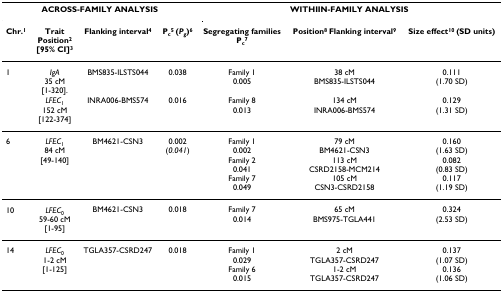
<table><thead><tr><td colspan="4"><b>ACROSS-FAMILY ANALYSIS</b></td><td colspan="3"><b>WITHIIN-FAMILY ANALYSIS</b></td></tr><tr><td><b>Chr.<sup>1</sup></b></td><td><b>Trait Position<sup>2</sup>[95% CI]<sup>3</sup></b></td><td><b>Flanking interval<sup>4</sup></b></td><td><b>P<sub>c</sub><sup>5 </sup>(<i>P</i><sub><i>g</i></sub>)<sup>6</sup></b></td><td><b>Segregating familiesP<sub>c</sub><sup>7</sup></b></td><td><b>Position<sup>8 </sup>Flanking interval<sup>9</sup></b></td><td><b>Size effect<sup>10 </sup>(SD units)</b></td></tr></thead><tbody><tr><td>1</td><td><i>IgA </i>35 cM[1-320].</td><td>BMS835-ILSTS044</td><td>0.038</td><td>Family 10.005</td><td>38 cMBMS835-ILSTS044</td><td>0.111(1.70 SD)</td></tr><tr><td></td><td><i>LFEC</i><sub>1 </sub>152 cM[122-374]</td><td>INRA006-BMS574</td><td>0.016</td><td>Family 80.013</td><td>134 cMINRA006-BMS574</td><td>0.129(1.31 SD)</td></tr><tr><td>6</td><td><i>LFEC</i><sub>1 </sub>84 cM[49-140]</td><td>BM4621-CSN3</td><td>0.002(<i>0.041</i>)</td><td>Family 10.002Family 20.041Family 70.049</td><td>79 cMBM4621-CSN3113 cMCSRD2158-MCM214105 cMCSN3-CSRD2158</td><td>0.160(1.63 SD)0.082(0.83 SD)0.117(1.19 SD)</td></tr><tr><td>10</td><td><i>LFEC</i><sub>0</sub>59-60 cM[1-95]</td><td>BM4621-CSN3</td><td>0.018</td><td>Family 70.014</td><td>65 cMBMS975-TGLA441</td><td>0.324(2.53 SD)</td></tr><tr><td>14</td><td><i>LFEC</i><sub>0</sub>1-2 cM[1-125]</td><td>TGLA357-CSRD247</td><td>0.018</td><td>Family 10.029Family 60.015</td><td>2 cMTGLA357-CSRD2471-2 cMTGLA357-CSRD247</td><td>0.137(1.07 SD)0.136(1.06 SD)</td></tr></tbody></table>